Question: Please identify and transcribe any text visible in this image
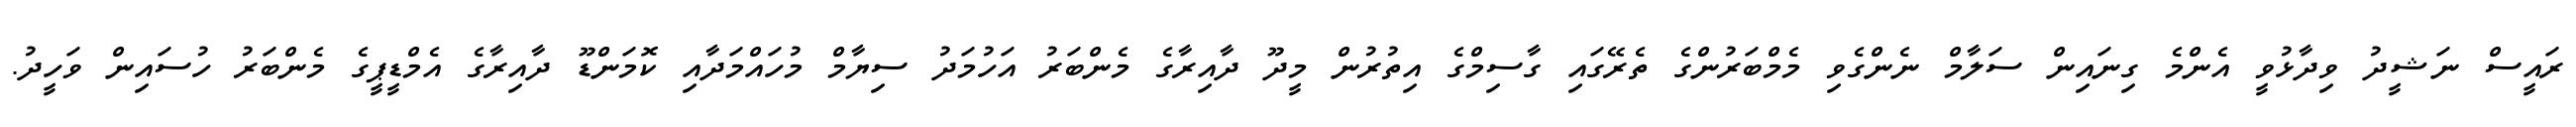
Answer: ރައީސް ނަޝީދު ވިދާޅުވީ އެންމެ ގިނައިން ސަލާމް ނެންގެވި މެމްބަރުންގެ ތެރޭގައި ގާސިމްގެ އިތުރުން މީދޫ ދާއިރާގެ މެންބަރު އަހުމަދު ސިޔާމް މުހައްމަދާއި ކޮމަންޑޫ ދާއިރާގެ އެމްޑީޕީގެ މެންބަރު ހުސައިން ވަހީދު.